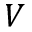
V